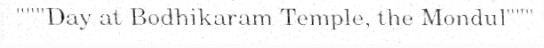
"""Day at Bodhikaram Temple, the Mondul"""